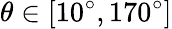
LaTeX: \theta\in[10^{\circ},170^{\circ}]